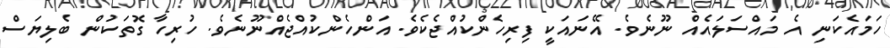
ހަމައެކަނި އެ މައްސަލައެއް ނޫނެވެ. އޭނައަކީ ފިރިހެންކުއްޖެކެވެ. އަންހެންކުއްޖެއްނޫނެވެ. ހުރިހާ ގޮތަކުން ބެލިޔަސް